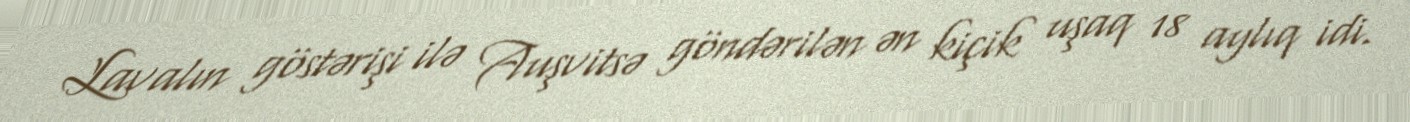
Lavalın göstərişi ilə Auşvitsə göndərilən ən kiçik uşaq 18 aylıq idi.